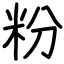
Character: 粉